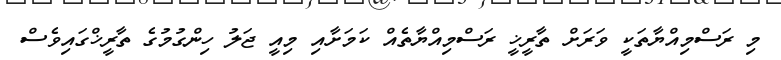
މި ރަސްމިއްޔާތަކީ ވަރަށް ތާރީޚީ ރަސްމިއްޔާތެއް ކަމަށާއި މިއީ ޖަލު ހިންގުމުގެ ތާރީޚްގައިވެސް